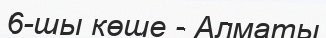
6-шы көше - Алматы